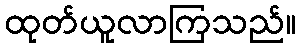
ထုတ်ယူလာကြသည်။